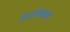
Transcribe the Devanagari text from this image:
है।मोबाइल